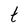
Character: t